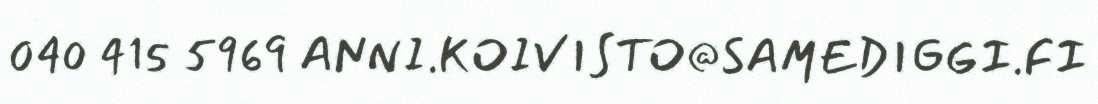
040 415 5969 ANNI.KOIVISTO@SAMEDIGGI.FI